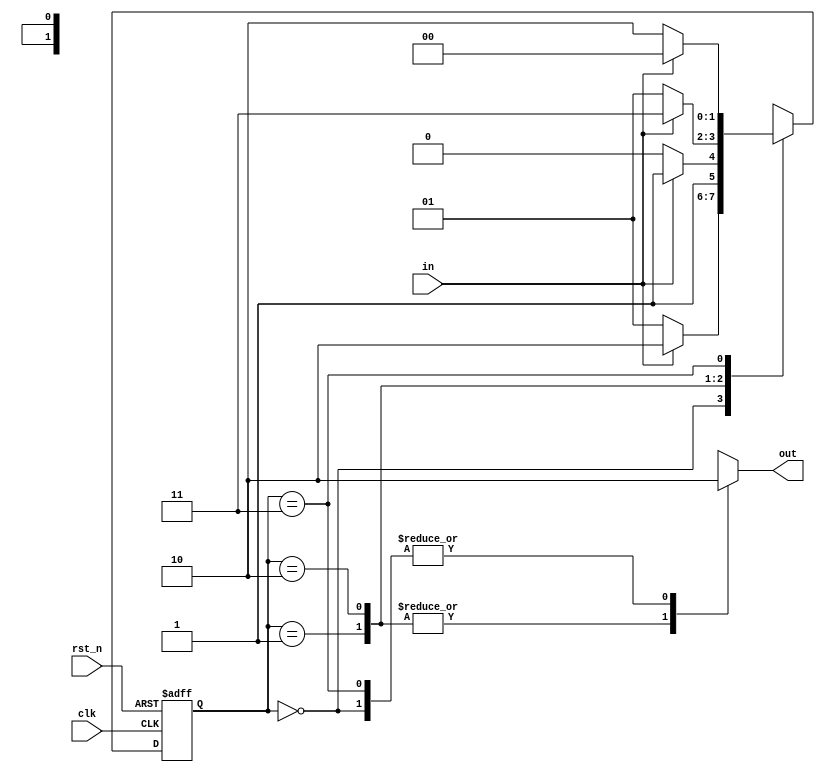

`timescale 1 ns/100ps
//moore 
module moore(in, rst_n, clk, out);

input in;
input rst_n, clk;
output out;


reg[1:0] curr_state, next_state;
reg out;
parameter a = 2'b00, b = 2'b01, c = 2'b10, d = 2'b11;


always@(posedge clk or negedge rst_n) begin
if (~rst_n)
	curr_state <= #1 a;
else
	curr_state <= #1 next_state;
end

always @(curr_state or in) // next state logic
begin
	case (curr_state)
		a : next_state <= (in == 1'b1) ? c : b;
		b : next_state <= (in == 1'b1) ? d : c;
		c : next_state <= (in == 1'b1) ? d : b;
		d : next_state <= (in == 1'b1) ? a: c;
	default : next_state = a;
	endcase
end

always @(curr_state) // output logic
begin
case (curr_state)
	a : out = 1'b0;
	b : out = 1'b1;
	c : out = 1'b1;
	d : out = 1'b0;
	default : out = 1'b0;
endcase
end
endmodule


/////////////////////////
`timescale 1 ns/100ps
//moore 

module mealy(in, rst_n, clk, out);

input in;
input rst_n, clk;
output out;

reg out, in2;
reg[1:0] curr_state, next_state;
parameter a= 2'b00, b = 2'b01 ,c = 2'b10, d =2'b11;


always@(posedge clk or negedge rst_n) begin
if(curr_state == a)
		in2 = 0;
if(curr_state == b)
	in2 = 0;
if(curr_state == c)
	in2 = 1;
if(curr_state == d)
 	in2 = 1;
if (~rst_n)
	curr_state <= #1 a;
else
	curr_state <= #1 next_state;
end

always @(curr_state or in) // next state logic
begin
	case (curr_state)
		a : next_state <= (in == 1'b1) ? c : b;
		b : next_state <= (in == 1'b1) ? d : c; 
		c : next_state <= (in == 1'b1) ? d : b;
		d : next_state <= (in == 1'b1) ? a: c;
	default : next_state = a;
	endcase
end

always @(curr_state or in2 or in) // output logic
begin
case (curr_state)
	a : out = 0;
	b : out = ~in2;
	c : out = in2;
	d : out = 1;
	default : out = 0;
endcase
end
endmodule

/////////////testbench///////////
module machine_TB();
	reg  rst_n, clk, in;
	wire out_moore, out_mealy;
	
	//
	moore mo(in, rst_n, clk, out_moore);
	mealy me(in, rst_n, clk, out_mealy);
	//

initial 
begin
	clk = 0;
	repeat (30)
	#100 clk = ~clk;
end
initial
    begin
    	in = 0; rst_n = 0; // a
    	#100 in = 0; rst_n = 1; //b
    	#100 in = 1; rst_n = 1; //c
    	#100 in = 0; rst_n = 1;//b
    	#100 in = 1; rst_n = 1; 
    	#100 in = 0; rst_n = 1;
    	#100 in = 1; rst_n = 1;
    	#100 in = 1; rst_n = 1;
    	#100 in = 0; rst_n = 1;
    	#100 in = 0; rst_n = 1;
    end
initial #2000 $finish;
initial $dumpvars;
endmodule